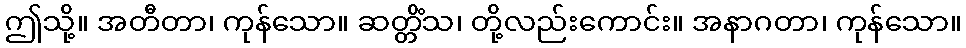
ဤသို့။ အတီတာ၊ ကုန်သော။ ဆတ္တိံသ၊ တို့လည်းကောင်း။ အနာဂတာ၊ ကုန်သော။